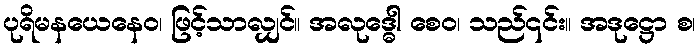
ပုရိမနယေနေဝ၊ ဖြင့်သာလျှင်။ အလုဒ္ဓေါ စေဝ၊ သည်၎င်း။ အဒုဋ္ဌော စ၊